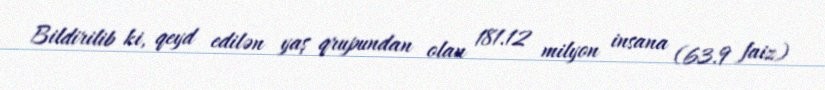
Bildirilib ki, qeyd edilən yaş qrupundan olan 181.12 milyon insana (63.9 faiz)